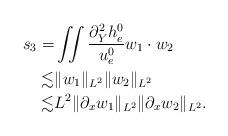
LaTeX: \begin{align*}\begin{aligned}s_3=&\iint\frac{\partial_Y^2h^0_e}{u^0_e} w_1\cdot w_2\\ \lesssim& \Vert w_1\Vert_{L^2}\Vert w_2\Vert_{L^2}\\ \lesssim& L^2\Vert \partial_x w_1\Vert_{L^2}\Vert\partial_x w_2\Vert_{L^2}.\end{aligned}\end{align*}